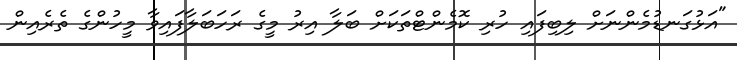
"އަޅުގަނޑުމެންނަށް ލިބިފައި ހުރި ކޮމެންޓްތަކަށް ބަލާ އިރު މީގެ ރަހަބަލާފައިވާ މީހުންގެ ތެރެއިން